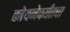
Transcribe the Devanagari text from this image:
कोयनेपर्यंतचा